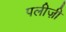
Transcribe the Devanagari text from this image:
पलीज़ी